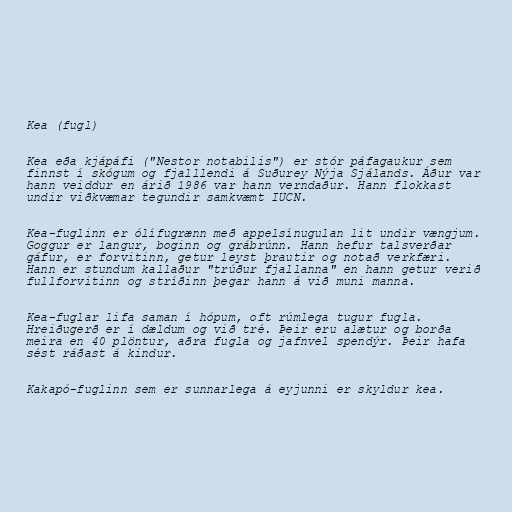
Kea (fugl)

Kea eða kjápáfi ("Nestor notabilis") er stór páfagaukur sem
finnst í skógum og fjalllendi á Suðurey Nýja Sjálands. Áður var
hann veiddur en árið 1986 var hann verndaður. Hann flokkast
undir viðkvæmar tegundir samkvæmt IUCN.

Kea-fuglinn er ólífugrænn með appelsínugulan lit undir vængjum.
Goggur er langur, boginn og grábrúnn. Hann hefur talsverðar
gáfur, er forvitinn, getur leyst þrautir og notað verkfæri.
Hann er stundum kallaður "trúður fjallanna" en hann getur verið
fullforvitinn og stríðinn þegar hann á við muni manna.

Kea-fuglar lifa saman í hópum, oft rúmlega tugur fugla.
Hreiðugerð er í dældum og við tré. Þeir eru alætur og borða
meira en 40 plöntur, aðra fugla og jafnvel spendýr. Þeir hafa
sést ráðast á kindur.

Kakapó-fuglinn sem er sunnarlega á eyjunni er skyldur kea.